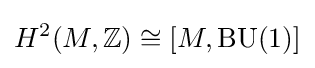
H^{2}(M,\mathbb {Z} )\cong [M,\operatorname {BU} (1)]